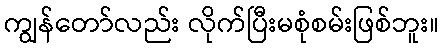
ကျွန်တော်လည်း လိုက်ပြီးမစုံစမ်းဖြစ်ဘူး။